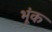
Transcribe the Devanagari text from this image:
भूंक